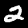
Label: 2